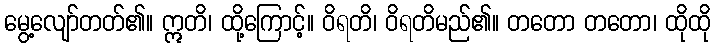
မွေ့လျော်တတ်၏။ ဣတိ၊ ထို့ကြောင့်။ ဝိရတိ၊ ဝိရတိမည်၏။ တတော တတော၊ ထိုထို